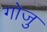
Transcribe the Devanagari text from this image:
गोजु